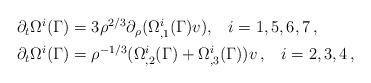
LaTeX: \begin{align*}\begin{aligned}\partial_t \Omega^i(\Gamma) &=3\rho^{2/3}\partial_{\rho}(\Omega^i_{,1}(\Gamma)v), \;\;\;i=1,5,6,7 \, , \\\partial_t \Omega^i(\Gamma) &=\rho^{-1/3}(\Omega^i_{,2}(\Gamma)+\Omega^i_{,3}(\Gamma))v \, ,\;\;\;i=2,3,4 \, ,\end{aligned}\end{align*}